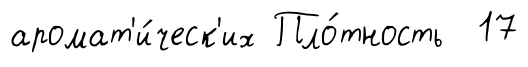
аромат'и́ческ'их Пло́тность 17